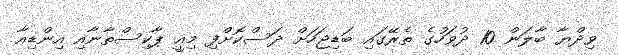
ވިދްޔާ ބާލަން 10 ދުވަހުގެ ތެރޭގައި ބަޑިޖަހަށް ދަސްކޮށްފި މިއީ ޕާކިސްތާނާއި އިންޑިއާ